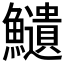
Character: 𩽎